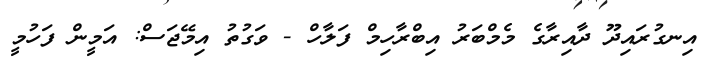
އިނގުރައިދޫ ދާއިރާގެ މެމްބަރު އިބްރާހިމް ފަލާހް - ވަގުތު އިމޭޖަސް: އަމީން ފަހުމީ